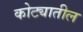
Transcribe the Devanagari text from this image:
कोट्यातील